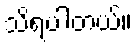
သိရပါတယ်။